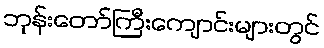
ဘုန်းတော်ကြီးကျောင်းများတွင်